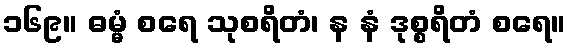
၁၆၉။ ဓမ္မံ စရေ သုစရိတံ၊ န နံ ဒုစ္စရိတံ စရေ။